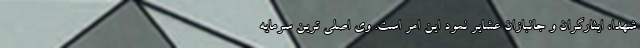
شهدا، ایثارگران و جانبازان عشایر نمود این امر است. وی اصلی ترین سرمایه